Regulations for the medical services of the Army of India
Year: 1930
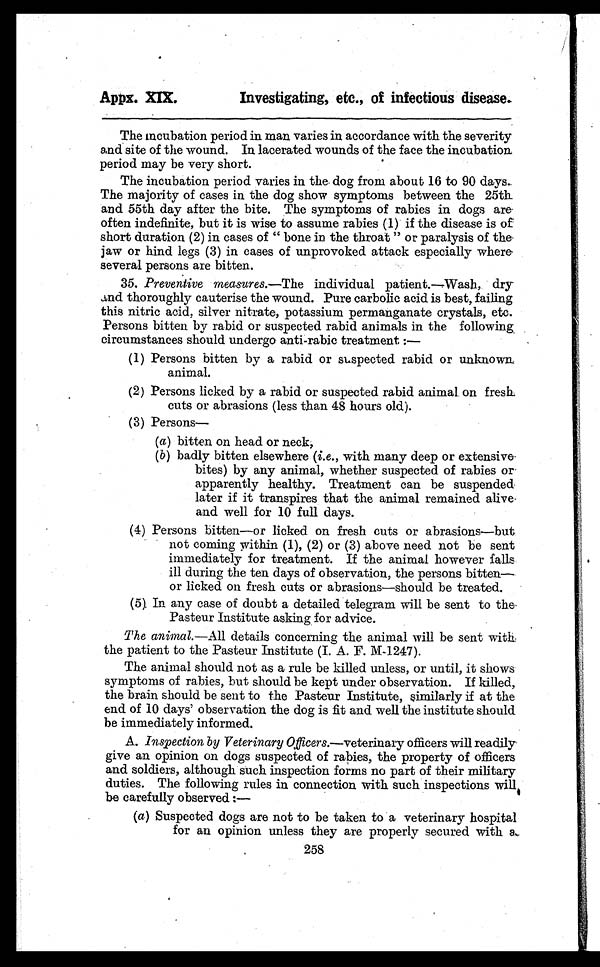
Appx. XIX.
Investigating, etc., of infectious disease.
The Incubation period in man varies in accordance with the severity
and site of the wound. In lacerated wounds of the face the incubation
period may be very short.
The incubation period varies in the dog from about 16 to 90 days.
The majority of cases in the dog show symptoms between the 25th
and 55th day after the bite. The symptoms of rabies in dogs are.
often indefinite, but it is wise to assume rabies (1) if the disease is of
short duration (2) in cases of " bone in the throat "or paralysis of the
jaw or hind legs (3) in cases of unprovoked attack especially where-
several persons are bitten.
35. Preventive m easures.—The individual patient.—Wash, dry
and thoroughly cauterise the wound. Pure carbolic acid is best, failing
this nitric acid, silver nitrate, potassium permanganate crystals, etc.
Persons bitten by rabid or suspected rabid animals in the following
circumstances should undergo anti-rabic treatment :-
(1) Persons bitten by a rabid or suspected rabid or unknown
animal.
(2) Persons licked by a rabid or suspected rabid animal on fresh
cuts or abrasions (less than 48 hours old).
(3) Persons-
(a) bitten on head or neck,
(b) badly bitten elsewhere (i.e., with many deep or extensive
bites) by any animal, whether suspected of rabies or
apparently healthy. Treatment can be suspended
later if it transpires that the animal remained alive.
and well for 10 full days.
(4) Persons bitten—or licked on fresh cuts or abrasions—but
not coming within (1), (2) or (3) above need not be sent
immediately for treatment. If the animal however falls
ill during the ten days of observation, the persons bitten—
or licked on fresh cuts or abrasions—should be treated.
(5). In any case of doubt a detailed telegram will be sent to the
Pasteur Institute asking for advice.
The animal .—All details concerning the animal will be sent with.
the patient to the Pasteur Institute (I. A. F. M-1247).
The animal should not as a rule be killed unless, or until, it shows
symptoms of rabies, but should be kept under observation. If killed,
the brain should be sent to the Pasteur Institute, similarly if at the
end of 10 days' observation the dog is fit and well the institute should
be immediately informed.
A. Inspection by Veterinary Officers.—veterinary officers will readily
give an opinion on dogs suspected of rabies, the property of officers
and soldiers, although such inspection forms no part of their military
duties. The following rules in connection with such inspections will
be carefully observed :-
(a) Suspected dogs are not to be taken to a veterinary hospital
for an opinion unless they are properly secured with a.,
258